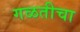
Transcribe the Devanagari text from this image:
गळतीचा